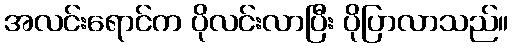
အလင်းရောင်က ပိုလင်းလာပြီး ပိုပြာလာသည်။